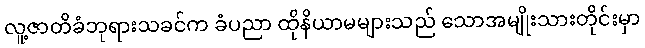
လူ့ဇာတိခံဘုရားသခင်က ခံပညာ ထိုနိယာမများသည် သောအမျိုးသားတိုင်းမှာ